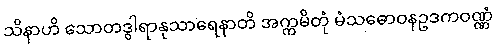
သိနာဟိ သောတဒွါရာနုသာရေနာတိ အက္ကမိတုံ မံသဓောဝနဥဒကဝဏ္ဏံ